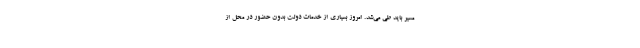
مسیر باید طی می‌شد. امروز بسیاری از خدمات دولت بدون حضور در محل از